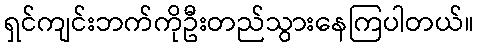
ရှင်ကျင်းဘက်ကိုဦးတည်သွားနေကြပါတယ်။